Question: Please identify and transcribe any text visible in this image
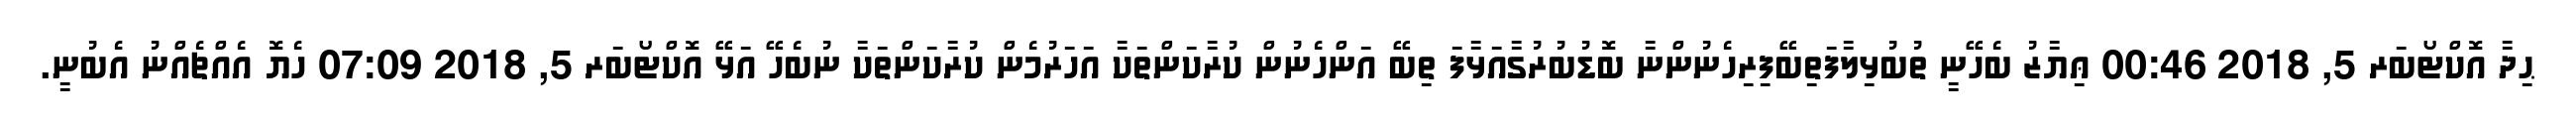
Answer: ޙިދާ އޮކްޓޯބަރ 5, 2018 00:46 ޢިޔާޒު ބެހޭނީ ތުބުޅިލާފަތިބޭފިރިހެނުންނާ ބޮޑުބުރުގާއަޅާފަ ތިބޭ އަންހެނުން ކުރާކަންތަކާ އަހަރުމެން ކުރާކަންތަކާ ނުބެހޭ އަޅޭ އޮކްޓޯބަރ 5, 2018 07:09 ހެޔޮ އެއްޗެއްނު އެބުނީ.